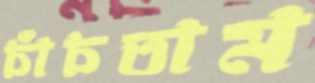
চাঁচতাম